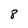
Character: 8